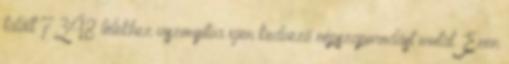
talált 7348 lélekhez viszonyítva igen kedvező népszaporodást mutat. Ezen